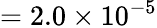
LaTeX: =2.0\times 10^{-5}